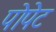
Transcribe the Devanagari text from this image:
पोपेट